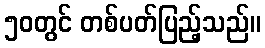
၅၀တွင် တစ်ပတ်ပြည့်သည်။